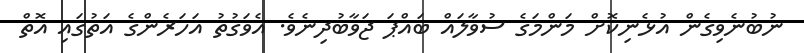
ނުބުނެވިގެން އުޅެނިކޮށް މަންމަގެ ސުވާލައް ބައްޕަ ޖަވާބުދިނެވެ. އެވަގުތު އަހަރެންގެ އަތުގައި އޮތް